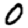
Digit: 0